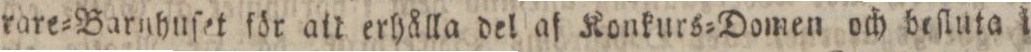
rare=Barnhuſet för att erhålla del af Konkurs=Domen och beſluta i